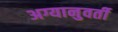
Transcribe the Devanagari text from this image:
अग्यानुवर्ती